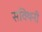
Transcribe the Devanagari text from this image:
सक्थिनी